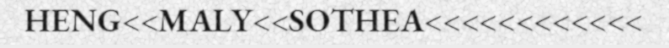
HENG<<MALY<<SOTHEA<<<<<<<<<<<<